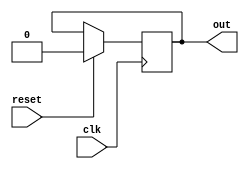
module my_module (
    input wire clk,
    input wire reset,
    output reg out
);

always @(posedge clk) begin
    if (reset) begin
        out <= 0;
    end else begin
        // Your sequential logic here
    end
end

endmodule